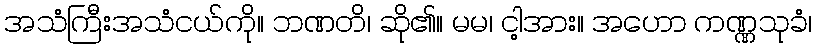
အသံကြီးအသံငယ်ကို။ ဘဏတိ၊ ဆို၏။ မမ၊ ငါ့အား။ အဟော ကဏ္ဏသုခံ၊